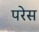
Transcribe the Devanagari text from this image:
परेस